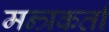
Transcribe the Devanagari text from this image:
मन्त्रकर्ता